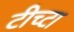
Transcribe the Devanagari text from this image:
टीच्टा